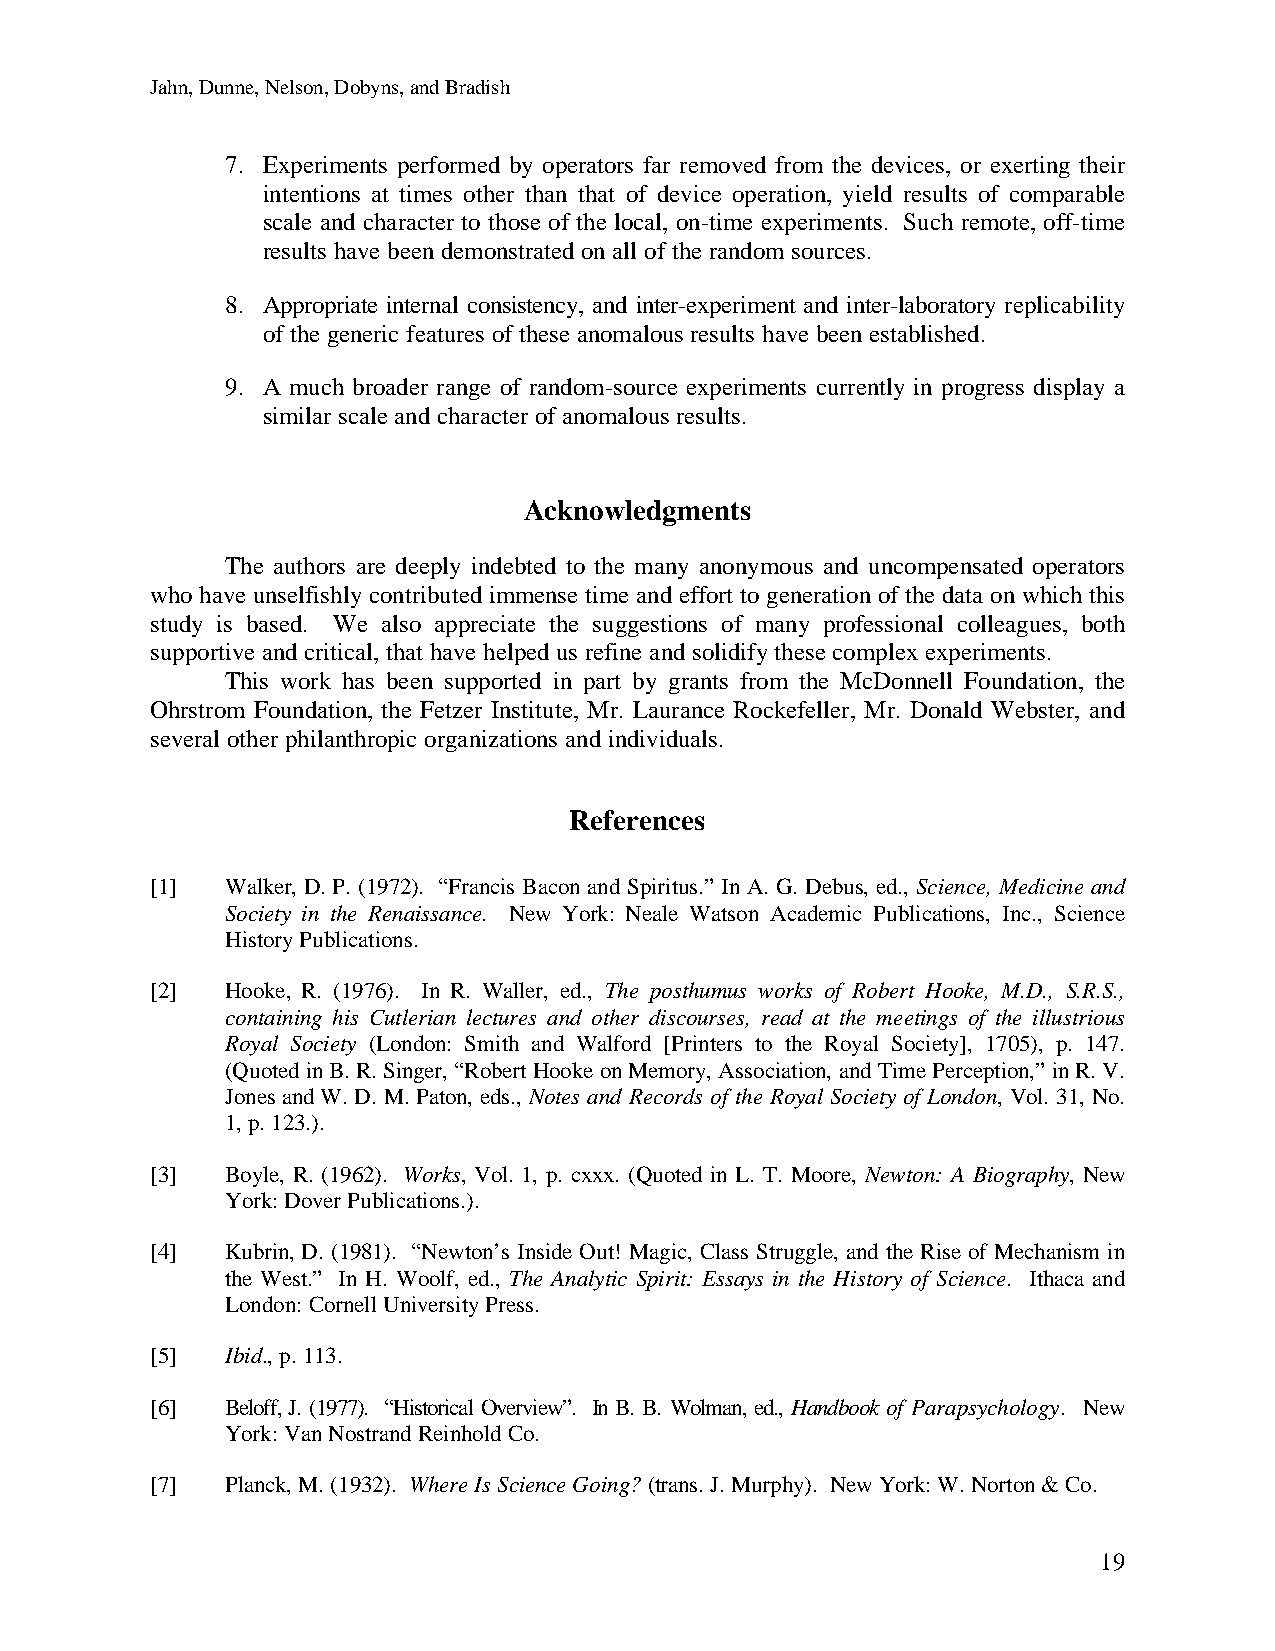
Jahn, Dunne, Nelson, Dobyns, and Bradish
 7. Experiments performed by operators far removed from the devices, or exerting their
 intentions at times other than that of device operation, yield results of comparable
 scale and character to those of the local, on-time experiments. Such remote, off-time
 results have been demonstrated on all of the random sources.
 8. Appropriate internal consistency, and inter-experiment and inter-laboratory replicability
 of the generic features of these anomalous results have been established.
 9. A much broader range of random-source experiments currently in progress display a
 similar scale and character of anomalous results.
 Acknowledgments
 The authors are deeply indebted to the many anonymous and uncompensated operators
 who have unselfishly contributed immense time and effort to generation of the data on which this
 study is based. We also appreciate the suggestions of many professional colleagues, both
 supportive and critical, that have helped us refine and solidify these complex experiments.
 This work has been supported in part by grants from the McDonnell Foundation, the
 Ohrstrom Foundation, the Fetzer Institute, Mr. Laurance Rockefeller, Mr. Donald Webster, and
 several other philanthropic organizations and individuals.
 References
 [1]  Walker, D. P. (1972). “Francis Bacon and Spiritus.” In A. G. Debus, ed., Science, Medicine and
 Society in the Renaissance. New York: Neale Watson Academic Publications, Inc., Science
 History Publications.
 [2]  Hooke, R. (1976). In R. Waller, ed., The posthumus works of Robert Hooke, M.D., S.R.S.,
 containing his Cutlerian lectures and other discourses, read at the meetings of the illustrious
 Royal Society (London: Smith and Walford [Printers to the Royal Society], 1705), p. 147.
 (Quoted in B. R. Singer, “Robert Hooke on Memory, Association, and Time Perception,” in R. V.
 Jones and W. D. M. Paton, eds., Notes and Records of the Royal Society of London, Vol. 31, No.
 1, p. 123.).
 [3]  Boyle, R. (1962). Works, Vol. 1, p. cxxx. (Quoted in L. T. Moore, Newton: A Biography, New
 York: Dover Publications.).
 [4]  Kubrin, D. (1981). “Newton’s Inside Out! Magic, Class Struggle, and the Rise of Mechanism in
 the West.” In H. Woolf, ed., The Analytic Spirit: Essays in the History of Science. Ithaca and
 London: Cornell University Press.
 [5]  Ibid., p. 113.
 [6]  Beloff, J. (1977). “Historical Overview”. In B. B. Wolman, ed., Handbook of Parapsychology. New
 York: Van Nostrand Reinhold Co.
 [7]  Planck, M. (1932). Where Is Science Going? (trans. J. Murphy). New York: W. Norton & Co.
 19